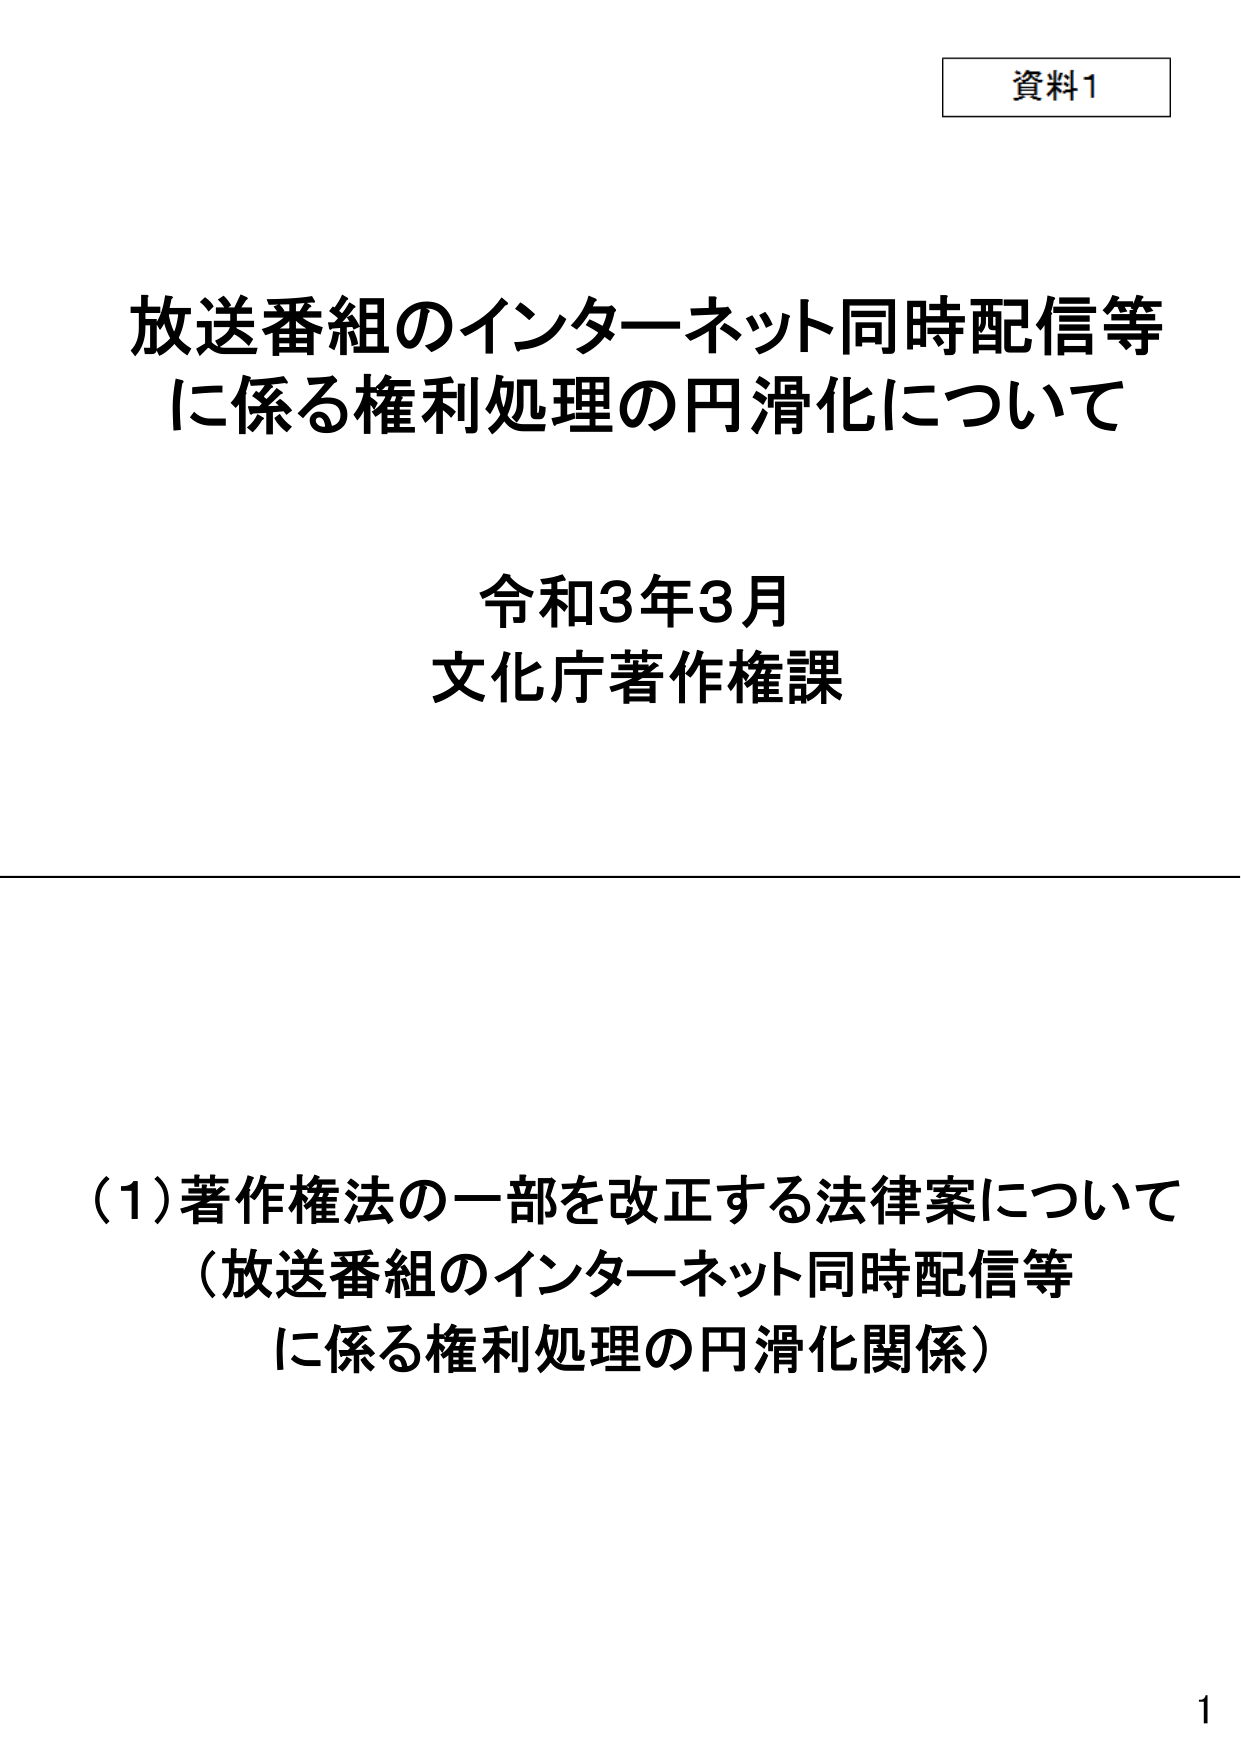
資料1

放送番組のインターネット同時配信等
に係る権利処理の円滑化について

令和3年3月
文化庁著作権課

(1) 著作権法の一部を改正する法律案について
（放送番組のインターネット同時配信等
に係る権利処理の円滑化関係）

1